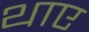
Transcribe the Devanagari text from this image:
थाए